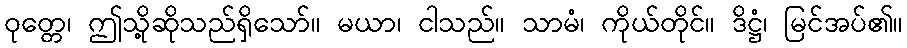
ဝုတ္တေ၊ ဤသို့ဆိုသည်ရှိသော်။ မယာ၊ ငါသည်။ သာမံ၊ ကိုယ်တိုင်။ ဒိဋ္ဌံ၊ မြင်အပ်၏။